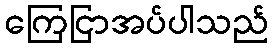
ကြေငြာအပ်ပါသည်